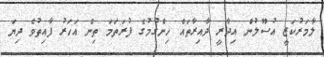
ލާމަރުކަޒީ އުސޫލުން އިދާރީ ދާއިރާތައް ހިންގުމުގެ ފުރަތަމަ ތިން އަހަރު ފާއިތުވެ ދިޔަ